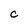
Character: C